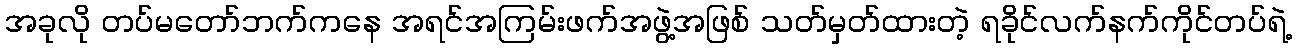
အခုလို တပ်မတော်ဘက်ကနေ အရင်အကြမ်းဖက်အဖွဲ့အဖြစ် သတ်မှတ်ထားတဲ့ ရခိုင်လက်နက်ကိုင်တပ်ရဲ့